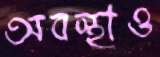
অবস্থাও